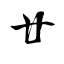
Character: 廿